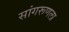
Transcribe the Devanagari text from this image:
सांगरूणला